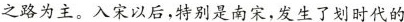
之路为主。入宋以后，特别是南宋，发生了划时代的